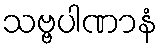
သဗ္ဗပါဏာနံ